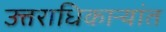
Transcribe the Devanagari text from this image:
उत्तराधिकाऱ्यांत